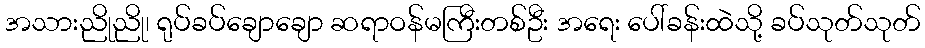
အသားညိုညို၊ ရုပ်ခပ်ချောချော ဆရာဝန်မကြီးတစ်ဦး အရေး ပေါ်ခန်းထဲသို့ ခပ်သုတ်သုတ်